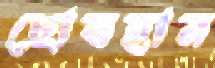
ছোবহান